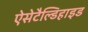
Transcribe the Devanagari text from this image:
ऐसेटैल्डिहाइड